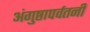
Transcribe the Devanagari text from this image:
अंगुष्ठापर्वतनी